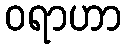
ဝရာဟာ